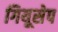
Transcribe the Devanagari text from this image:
गियूसेप